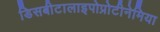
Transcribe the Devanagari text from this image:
डिसबीटालाइपोप्रोटीनेमिया